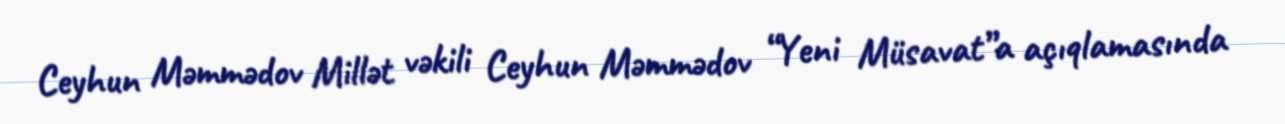
Ceyhun Məmmədov Millət vəkili Ceyhun Məmmədov “Yeni Müsavat”a açıqlamasında